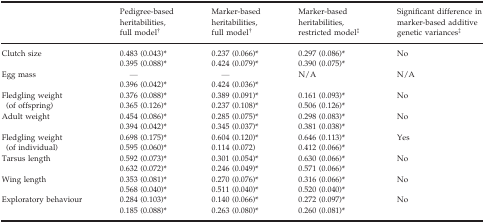
<table><thead><tr><td>[EMPTY_CELL]</td><td><b>Pedigree‐based heritabilities, full modelb</b></td><td><b>Marker‐based heritabilities, full modelb</b></td><td><b>Marker‐based heritabilities, restricted modelc</b></td><td><b>Significant difference in marker‐based additive genetic variancesc</b></td></tr></thead><tbody><tr><td rowspan="2">Clutch size</td><td>0.483 (0.043)a</td><td>0.237 (0.066)a</td><td>0.297 (0.086)a</td><td>No</td></tr><tr><td>0.395 (0.088)a</td><td>0.424 (0.079)a</td><td>0.390 (0.075)a</td><td>[EMPTY_CELL]</td></tr><tr><td rowspan="2">Egg mass</td><td>—</td><td>—</td><td>N/A</td><td>N/A</td></tr><tr><td>0.396 (0.042)a</td><td>0.424 (0.036)a</td><td>[EMPTY_CELL]</td><td>[EMPTY_CELL]</td></tr><tr><td rowspan="2">Fledgling weight (of offspring)</td><td>0.376 (0.088)a</td><td>0.389 (0.091)a</td><td>0.161 (0.093)a</td><td>No</td></tr><tr><td>0.365 (0.126)a</td><td>0.237 (0.108)a</td><td>0.506 (0.126)a</td><td>[EMPTY_CELL]</td></tr><tr><td rowspan="2">Adult weight</td><td>0.454 (0.086)a</td><td>0.285 (0.075)a</td><td>0.298 (0.083)a</td><td>No</td></tr><tr><td>0.394 (0.042)a</td><td>0.345 (0.037)a</td><td>0.381 (0.038)a</td><td>[EMPTY_CELL]</td></tr><tr><td rowspan="2">Fledgling weight (of individual)</td><td>0.698 (0.175)a</td><td>0.604 (0.120)a</td><td>0.646 (0.113)a</td><td>Yes</td></tr><tr><td>0.595 (0.060)a</td><td>0.114 (0.072)</td><td>0.412 (0.066)a</td><td>[EMPTY_CELL]</td></tr><tr><td rowspan="2">Tarsus length</td><td>0.592 (0.073)a</td><td>0.301 (0.054)a</td><td>0.630 (0.066)a</td><td>No</td></tr><tr><td>0.632 (0.072)a</td><td>0.246 (0.049)a</td><td>0.571 (0.066)a</td><td>[EMPTY_CELL]</td></tr><tr><td rowspan="2">Wing length</td><td>0.353 (0.081)a</td><td>0.270 (0.076)a</td><td>0.316 (0.066)a</td><td>No</td></tr><tr><td>0.568 (0.040)a</td><td>0.511 (0.040)a</td><td>0.520 (0.040)a</td><td>[EMPTY_CELL]</td></tr><tr><td rowspan="2">Exploratory behaviour</td><td>0.284 (0.103)a</td><td>0.140 (0.066)a</td><td>0.272 (0.097)a</td><td>No</td></tr><tr><td>0.185 (0.088)a</td><td>0.263 (0.080)a</td><td>0.260 (0.081)a</td><td>[EMPTY_CELL]</td></tr></tbody></table>